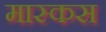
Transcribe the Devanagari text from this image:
मास्कस